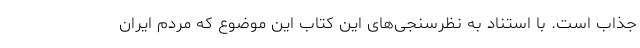
جذاب است. با استناد به نظرسنجی‌های این کتاب این موضوع که مردم ایران